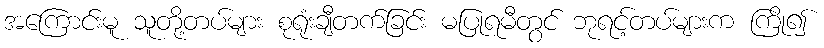
အကြောင်းမူ သူတို့တပ်များ စုရုံးချီတက်ခြင်း မပြုရမီတွင် ဘုရင့်တပ်များက ကြို၍